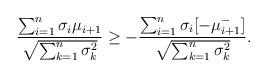
LaTeX: \begin{align*}\frac{\sum_{i=1}^n \sigma_i \mu_{i+1}}{\sqrt{\sum_{k=1}^{n}\sigma^2_k}} \ge -\frac{\sum_{i=1}^n \sigma_i[-\mu_{i+1}^-]}{\sqrt{\sum_{k=1}^{n}\sigma^2_k}}. \end{align*}